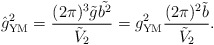
\begin{align*}\hat{g}^2_{\rm YM}=\frac{(2\pi)^3\tilde{g}\tilde{b^2}}{\tilde{V}_2} =g^2_{\rm YM}\frac{(2\pi)^2\tilde{b}}{\tilde{V}_2}.\end{align*}